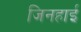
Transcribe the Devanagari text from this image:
जिनहाई